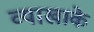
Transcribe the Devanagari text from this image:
व्याखाके